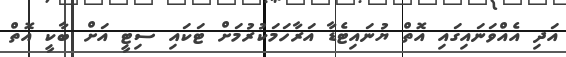
އަދި އެއްވަނައިގައި އޮތް ޔުނައިޓެޑާ އަރާހަމަކުރުމަށް ޓަކައި ސިޓީ އަށް ބާކީ އޮތް